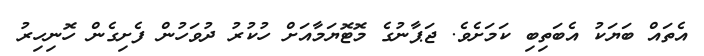
އެތައް ބަޔަކު އެބަތިބި ކަމަށެވެ. ޖަޕާނުގެ މޮޓޮޔަމާއަށް ހުކުރު ދުވަހުން ފެށިގެން ހޮނިހިރު